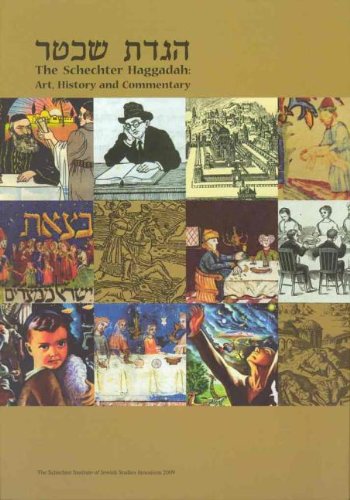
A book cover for The Schechter Haggadah: Art, History and Commentary; Dr. Joshua Kulp; Religion & Spirituality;